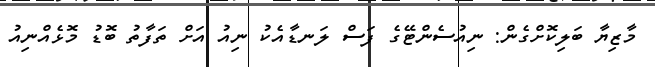
މާޒިޔާ ބަލިކޮށްގެން: ނިއުސެންޓޭގެ ފަސް ލަނޑާއެކު ނިއު އަށް ތަފާތު ބޮޑު މޮޅެއްނިއު